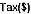
TAX($)